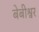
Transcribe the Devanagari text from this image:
बेबीश्वर